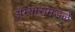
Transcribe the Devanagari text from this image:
अभ्यासमंडळे